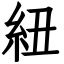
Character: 紐